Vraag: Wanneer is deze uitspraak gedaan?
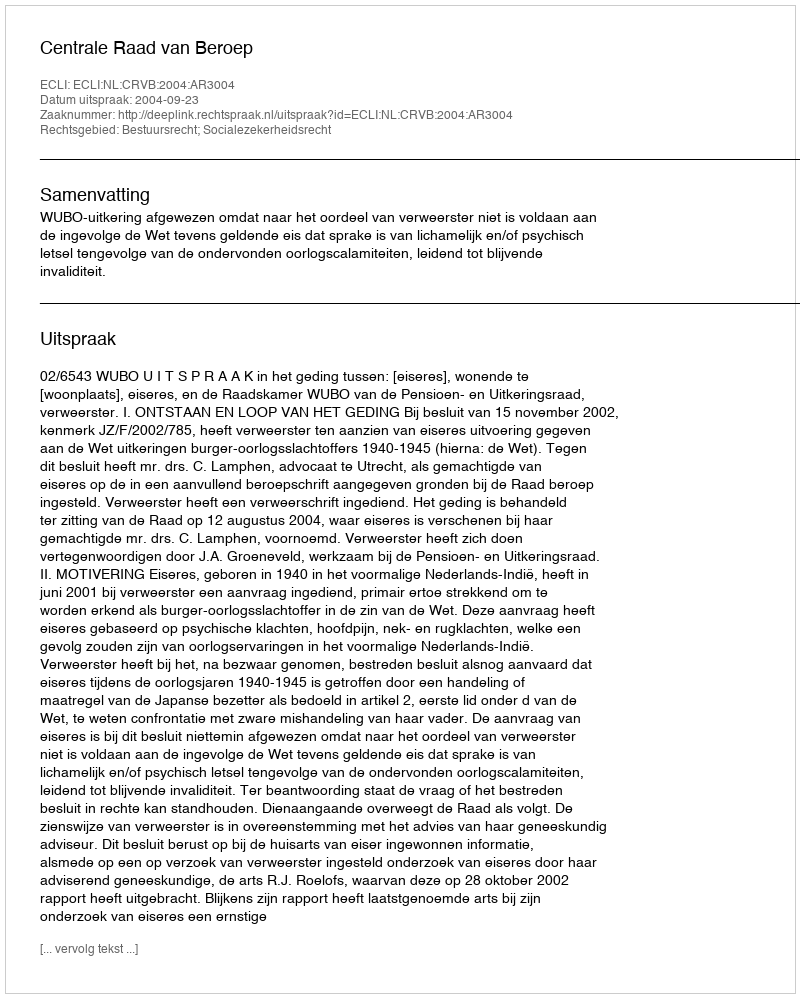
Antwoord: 2004-09-23